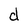
Character: d